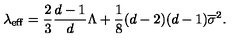
\lambda _ { \mathrm { e f f } } = \frac { 2 } { 3 } \frac { d - 1 } { d } \Lambda + \frac { 1 } { 8 } ( d - 2 ) ( d - 1 ) \overline { { \sigma } } ^ { 2 } .